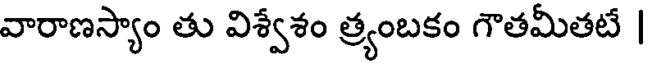
వారాణస్యాం తు విశ్వేశం త్ర్యంబకం గౌతమీతటే |